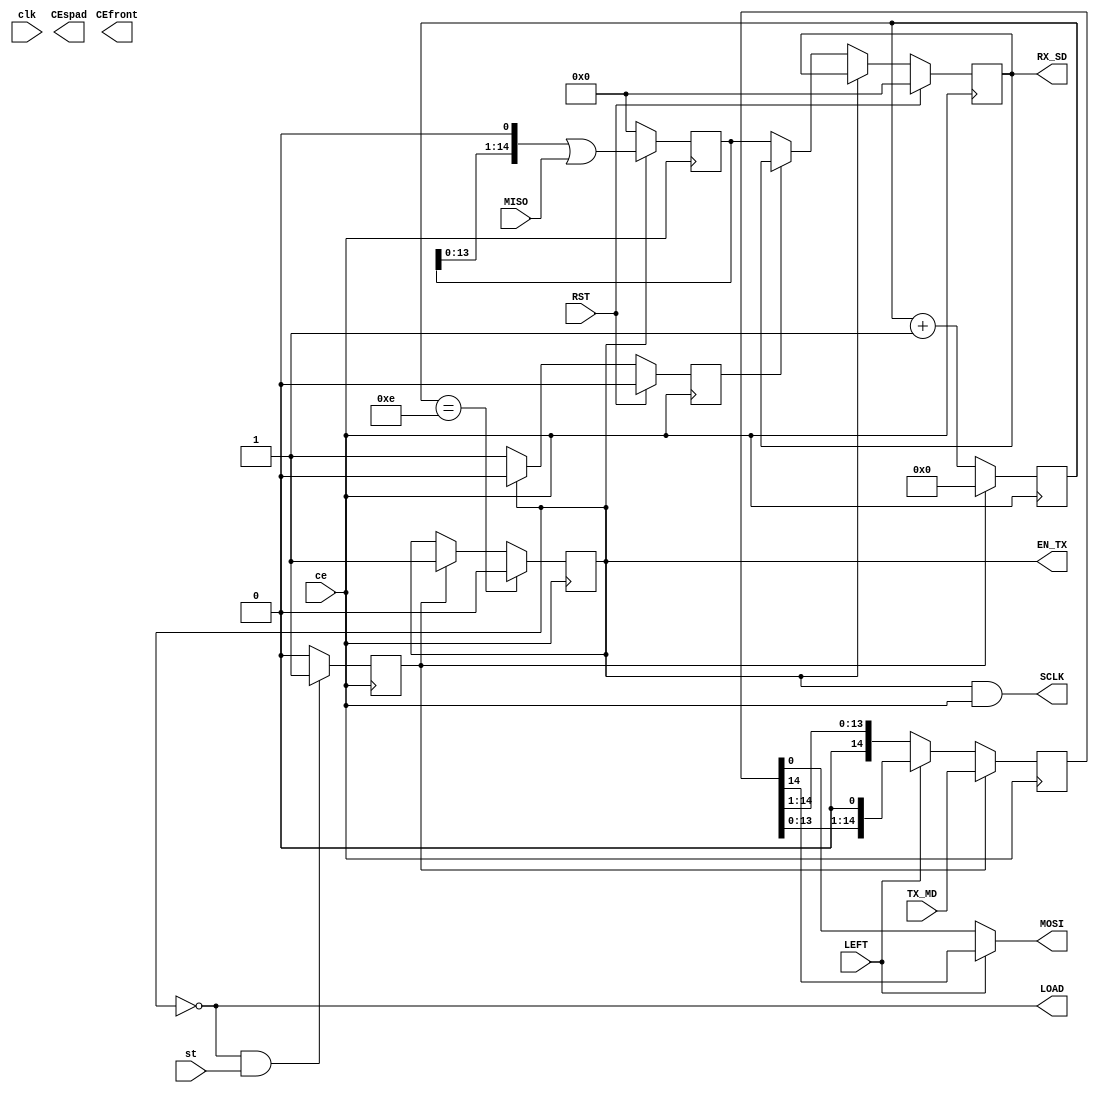
module SPI_MASTER#
    (
    parameter integer m = 15 // Data packet size
    )
    (
    input clk,
    input wire RST,
    output reg EN_TX=0,
    input ce,
    output wire LOAD,
    input st,
    output wire SCLK,
    input MISO,
    output wire MOSI,
    input [m-1:0] TX_MD,
    output reg [m-1:0] RX_SD=0,
    input LEFT,
    output wire CEfront,
    output wire CEspad
    );
    reg [m-1:0] MQ=0 ; //    MASTER-
    reg [m-1:0] MRX=0 ; //    MASTER-
    reg ss = 0;
    reg [5:0] T_del = 0;
    reg [3:0] cb_bit=0; // 
    assign MOSI = LEFT ? MQ[m-1] : MQ[0] ; //   MASTER-
    assign LOAD = !EN_TX; //  /
    assign SCLK = EN_TX & ce;
    reg st_buf = 1'b0;
    always @(posedge ce) begin
        if (!EN_TX & st) begin
            st_buf <= 1'b1;
        end
        else begin
            st_buf <= 1'b0;
        end
    end
    always @(negedge ce) begin
        MQ <= st_buf? TX_MD : LEFT ? MQ<<1 : MQ>>1;
        EN_TX <= (cb_bit == (m-1))? 0 : st_buf? 1'b1 : EN_TX;
        cb_bit <= st_buf? 0 : cb_bit + 4'd1 ;
    end
    reg wready = 1'b0;
    always @(posedge ce) begin
        MRX <= (EN_TX == 1'b1) ? MRX<<1 | MISO : 0;
        if (RST == 1'b1) begin
            RX_SD <= 0;
            wready <= 1'b0;
        end
        else if (EN_TX == 1'b0) begin
            if (wready == 1'b0) begin
                RX_SD <= MRX;
            end
            wready <= 1'b1;
        end
        else begin
            wready <= 1'b0;
            RX_SD <= RX_SD;
        end
    end
    //always @(posedge LOAD) begin
    //end
endmodule